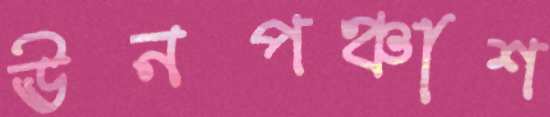
ঊনপঞ্চাশ